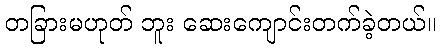
တခြားမဟုတ် ဘူး ဆေးကျောင်းတက်ခဲ့တယ်။